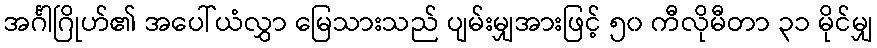
အင်္ဂါဂြိုဟ်၏ အပေါ်ယံလွှာ မြေသားသည် ပျမ်းမျှအားဖြင့် ၅၀ ကီလိုမီတာ ၃၁ မိုင်မျှ